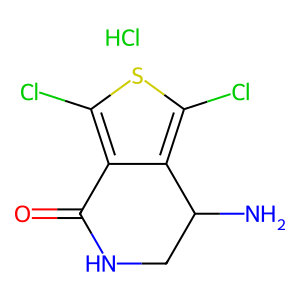
SMILES: Cl.NC1CNC(=O)c2c(Cl)sc(Cl)c21
Inhibits HIV replication: No